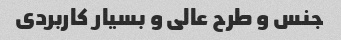
جنس و طرح عالی و بسیار کاربردی